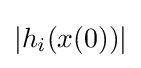
|h_{i}(x(0))|